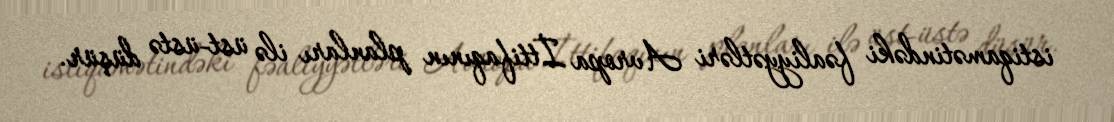
istiqamətindəki fəaliyyətləri Avropa İttifaqının planları ilə üst-üstə düşür.